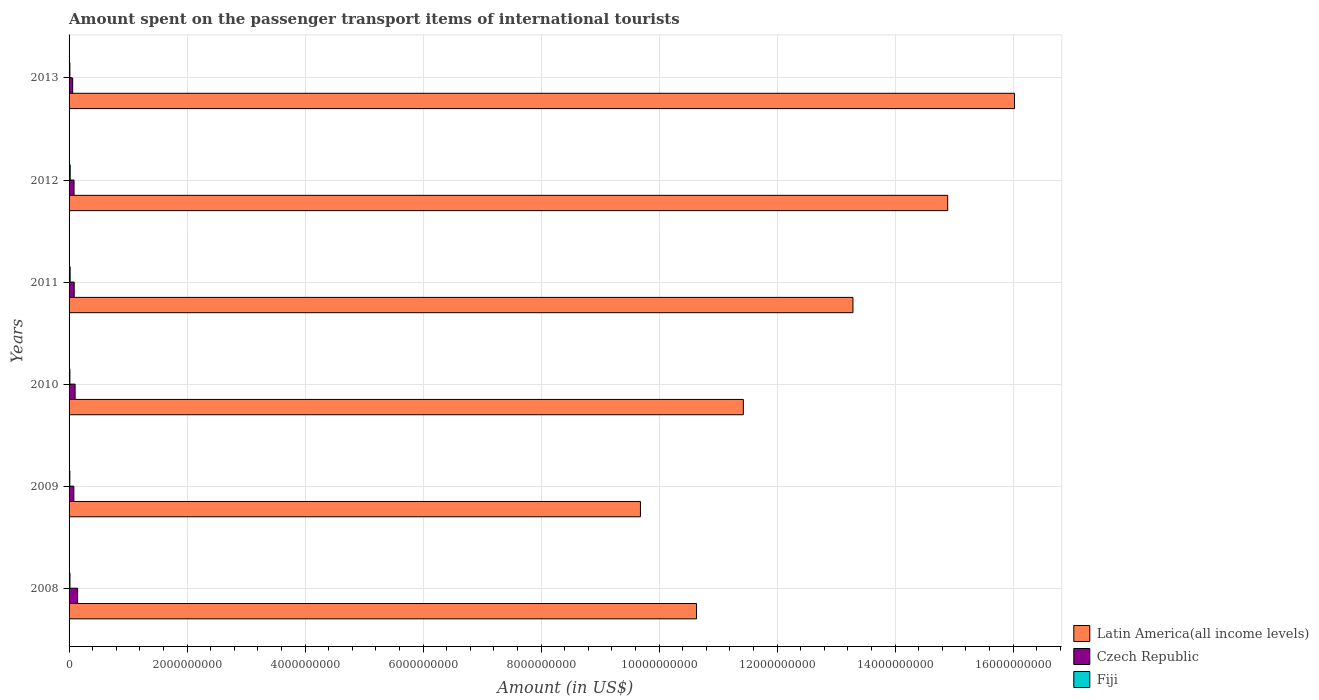
| Years | Latin America(all income levels) | Czech Republic | Fiji |
 | --- | --- | --- | --- |
 | 2008 | 1.06e+10 | 1.45e+08 | 1.5e+07 |
 | 2009 | 9.68e+09 | 8.1e+07 | 1.3e+07 |
 | 2010 | 1.14e+10 | 1.02e+08 | 1.4e+07 |
 | 2011 | 1.33e+10 | 8.7e+07 | 1.8e+07 |
 | 2012 | 1.49e+10 | 8.4e+07 | 1.9e+07 |
 | 2013 | 1.6e+10 | 6.1e+07 | 1.4e+07 |